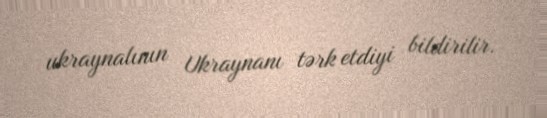
ukraynalının Ukraynanı tərk etdiyi bildirilir.